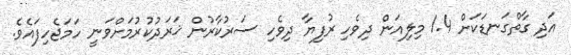
އަދި ގާތްގަނޑަކަށް 1.4 މިލިއަން ދިވެހި ރުފިޔާ ދިވެހި ސަރުކާރުން ޚަރަދުކުރުމަށްވަނީ ހަމަޖެހިފައެވެ.